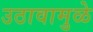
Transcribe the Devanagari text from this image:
उठावामुळे